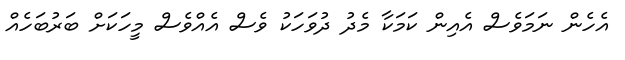
އެހެން ނަމަވެސް އެއިން ކަމަކާ މެދު ދުވަހަކު ވެސް އެއްވެސް މީހަކަށް ބަރުބަހެއް